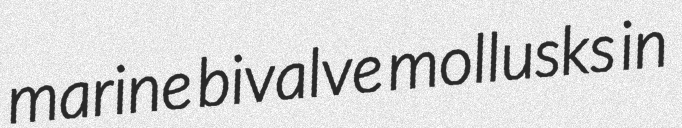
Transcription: marine bivalve mollusks in